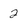
Character: 2